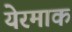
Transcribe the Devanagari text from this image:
येरमाक